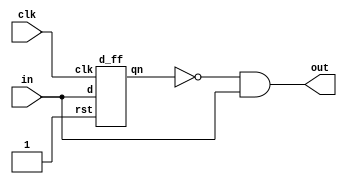
`timescale 1ns / 1ps
module Positive_edge_detector(
    input in,
    input clk,
    output out
    ); 
    wire w1;
    d_ff dff1(.d(in),.clk(clk),.qn(w1),.rst(1'b1));
    assign out= ~w1 & in;
endmodule
module d_ff(d,clk,rst,qn);
input d,clk,rst; output reg qn;
always@(posedge clk) 
begin 
if(!rst) 
qn=1'b0; 
else
begin 
case(d) 
1'b0:qn=1'b0;
1'b1:qn=d; 
endcase
end
end
endmodule